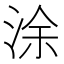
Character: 涂